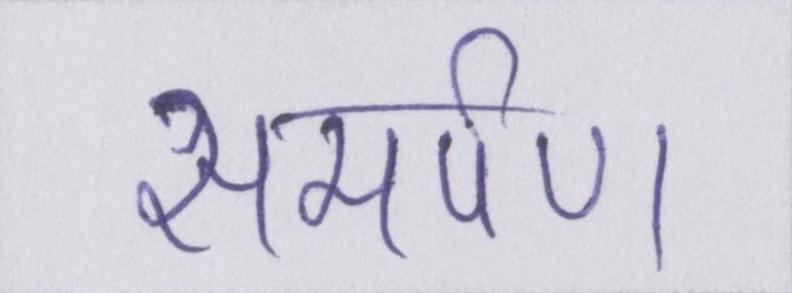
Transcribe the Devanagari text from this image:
समर्पण